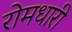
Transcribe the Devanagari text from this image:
रोमधारी